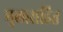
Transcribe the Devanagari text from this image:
मुलासहित